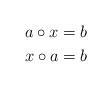
LaTeX: \begin{align*}a\circ x & = b\\x\circ a & = b\end{align*}